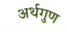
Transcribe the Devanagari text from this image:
अर्थगुण